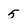
Character: 5